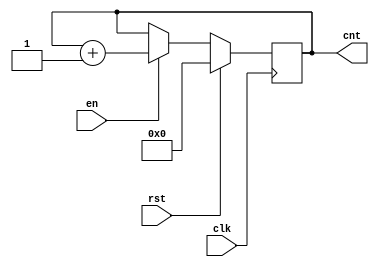
`timescale 1ns / 1ps

module Ex22(
    input wire clk,
    input wire rst,
	 input wire en,
    output reg [7:0] cnt
    );

always @(posedge clk)
begin
	if (rst)
	begin
		cnt <= 8'd0;
	end
	
	else
	begin
		if (en)
		begin
			cnt <= cnt + 1;
		end
	end
end

endmodule